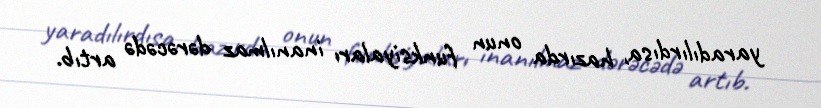
yaradılırdısa, hazırda onun funksiyaları inanılmaz dərəcədə artıb.